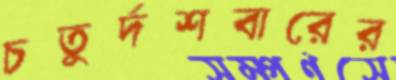
চতুর্দশবারের